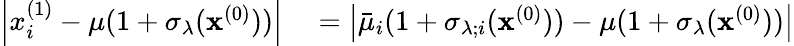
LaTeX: \begin{array}{rl}{\left|x_{i}^{(1)}-\mu(1+\sigma_{\lambda}(\mathbf{x}^{(0)}))\right|}&{{}=\left|\bar{\mu}_{i}(1+\sigma_{\lambda;i}(\mathbf{x}^{(0)}))-\mu(1+\sigma_{\lambda}(\mathbf{x}^{(0)}))\right|}\end{array}